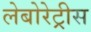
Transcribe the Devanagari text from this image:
लेबोरेट्रीस